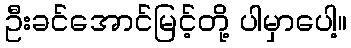
ဦးခင်အောင်မြင့်တို့ ပါမှာပေါ့။